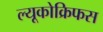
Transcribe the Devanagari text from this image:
ल्यूकोक्रिफस